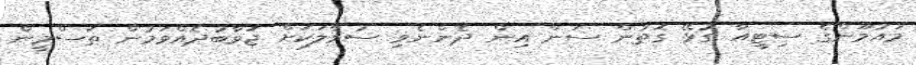
މައުމޫންގެ ސިޓީއާ ގުޅޭ ގޮތުން ސަން އިން ދެންނެވި ސުވާލަކަށް ޖަވާބުދެއްވަމުން ތަސްމީން